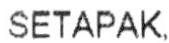
SETAPAK,